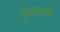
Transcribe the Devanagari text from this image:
पुण्याबानी